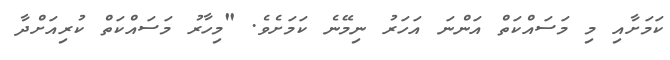
ކަމަށާއި މި މަސައްކަތް އަންނަ އަހަރު ނިމޭނެ ކަމަށެވެ. "މިހާރު މަސައްކަތް ކުރިއަށްދާ